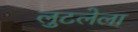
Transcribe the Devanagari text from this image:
लुटलेला